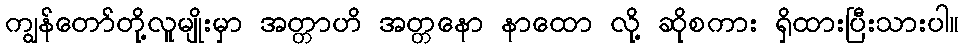
ကျွန်တော်တို့လူမျိုးမှာ အတ္တာဟိ အတ္တနော နာထော လို့ ဆိုစကား ရှိထားပြီးသားပါ။